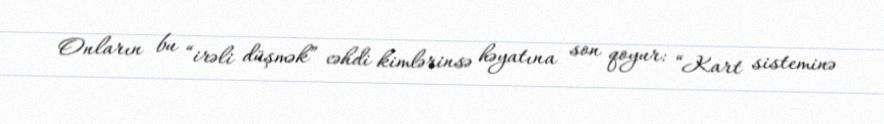
Onların bu “irəli düşmək” cəhdi kimlərinsə həyatına son qoyur: “Kart sisteminə